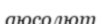
аюсолют